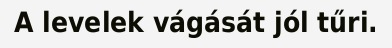
A levelek vágását jól tűri.